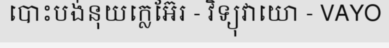
បោះបង់នុយក្លេអ៊ែរ - វិទ្យុវាយោ - VAYO